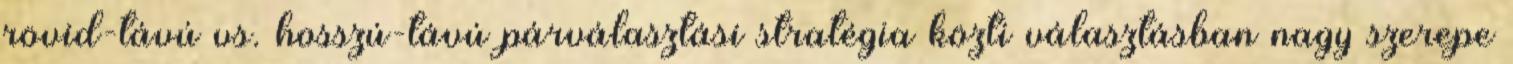
rövid-távú vs. hosszú-távú párválasztási stratégia közti választásban nagy szerepe